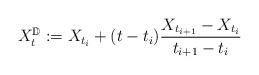
LaTeX: \begin{align*} X^\mathbb{D}_t := X_{t_i} + (t - t_i) \frac{X_{t_{i+1}} - X_{t_{i}}}{t_{i+1} - t_i}\end{align*}